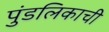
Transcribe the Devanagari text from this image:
पुंडलिकाची